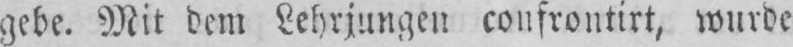
gebe. Mit dem Lehrjungen confrontirt, wurde